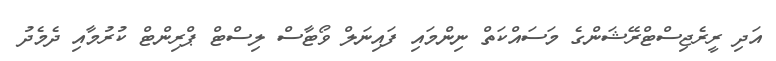
އަދި ރީރެޖިސްޓްރޭޝަންގެ މަސައްކަތް ނިންމައި ފައިނަލް ވޯޓާސް ލިސްޓް ޕްރިންޓް ކުރުމާއި ދެމެދު